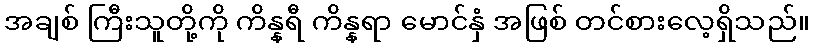
အချစ် ကြီးသူတို့ကို ကိန္နရီ ကိန္နရာ မောင်နှံ အဖြစ် တင်စားလေ့ရှိသည်။